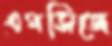
এমসিজে